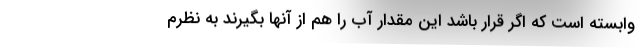
وابسته است که اگر قرار باشد این مقدار آب را هم از آنها بگیرند به نظرم